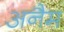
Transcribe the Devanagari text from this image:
अनैम